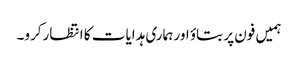
ہمیں فون پر بتاؤ اور ہماری ہدایات کا انتظارکرو۔